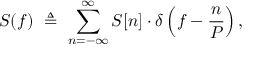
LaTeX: S ( f ) \ \triangleq \ \sum _ { n = - \infty } ^ { \infty } S [ n ] \cdot \delta \left( f - { \frac { n } { P } } \right) ,